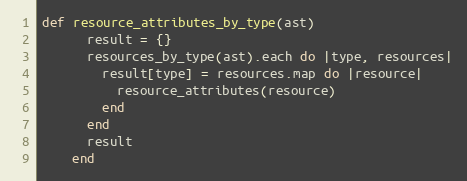
Language: Ruby
def resource_attributes_by_type(ast)
      result = {}
      resources_by_type(ast).each do |type, resources|
        result[type] = resources.map do |resource|
          resource_attributes(resource)
        end
      end
      result
    end